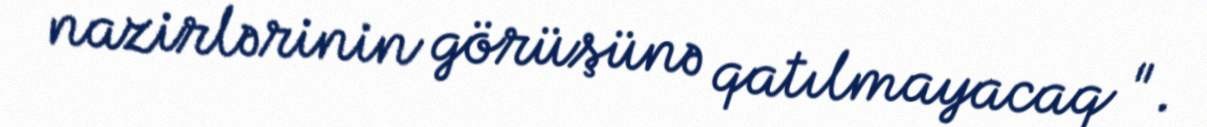
nazirlərinin görüşünə qatılmayacaq ".